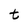
Character: t